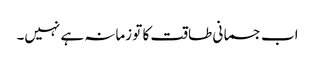
اب جسمانی طاقت کا تو زمانہ ہے نہیں۔